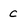
Character: c